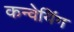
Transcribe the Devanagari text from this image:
कन्वेयिंग